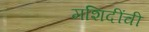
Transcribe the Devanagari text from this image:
मशिदींची